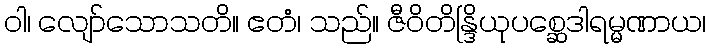
ဝါ၊ လျော်သောသတိ။ ဧတံ၊ သည်။ ဇီဝိတိန္ဒြိယုပစ္ဆေဒါရမ္မဏာယ၊